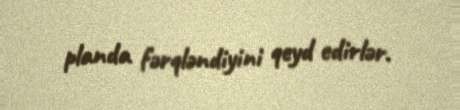
planda fərqləndiyini qeyd edirlər.